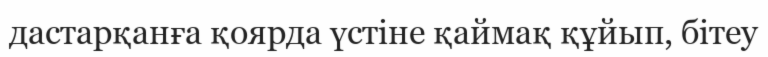
дастарқанға қоярда үстіне қаймақ құйып, бітеу